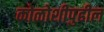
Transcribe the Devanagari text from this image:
कोळोशीपुढील